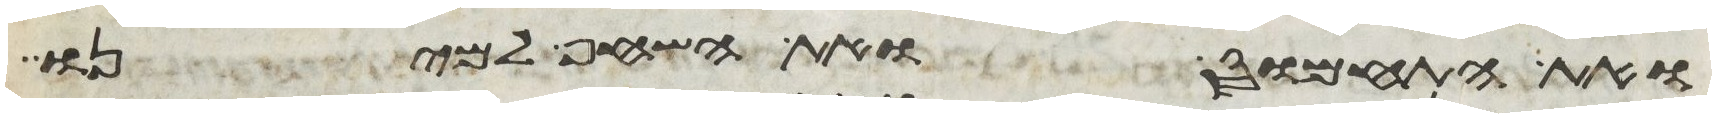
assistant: ואת התחמוס ואת השחף למינו